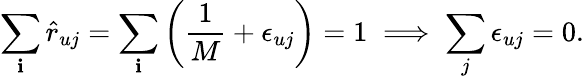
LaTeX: \sum_{\mathbf{i}}\hat{{r}}_{uj}=\sum_{\mathbf{i}}\left(\frac{{1}}{{M}}+\epsilon_{uj}\right)=1\implies\sum_{j}\epsilon_{uj}=0.